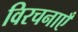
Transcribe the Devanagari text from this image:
विरचनाएँ